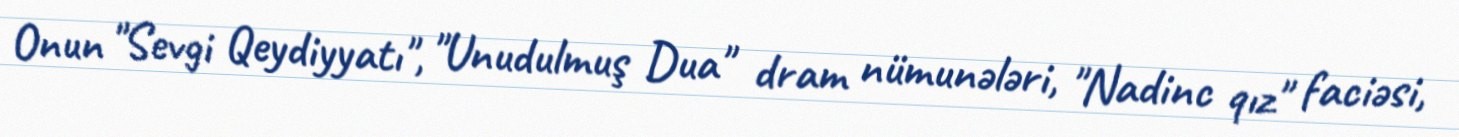
Onun "Sevgi Qeydiyyatı", "Unudulmuş Dua" dram nümunələri, "Nadinc qız" faciəsi,